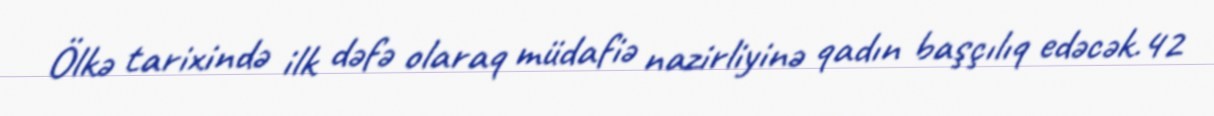
Ölkə tarixində ilk dəfə olaraq müdafiə nazirliyinə qadın başçılıq edəcək.42